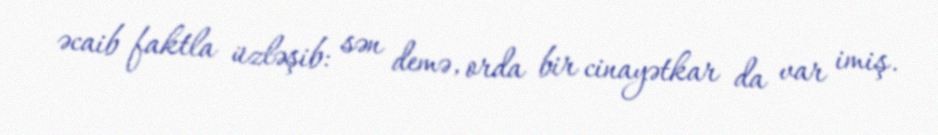
əcaib faktla üzləşib: sən demə, orda bir cinayətkar da var imiş.